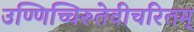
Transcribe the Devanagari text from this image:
उण्णिच्चिरुतेवीचरितम्